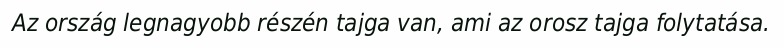
Az ország legnagyobb részén tajga van, ami az orosz tajga folytatása.